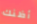
أظنك